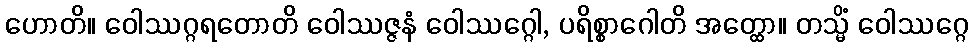
ဟောတိ။ ဝေါဿဂ္ဂရတောတိ ဝေါဿဇ္ဇနံ ဝေါဿဂ္ဂေါ, ပရိစ္စာဂေါတိ အတ္ထော။ တသ္မိံ ဝေါဿဂ္ဂေ